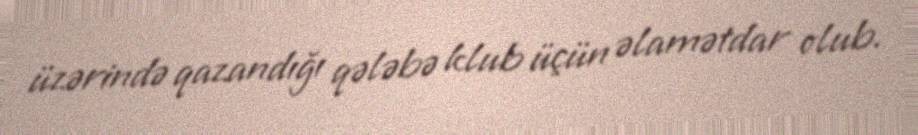
üzərində qazandığı qələbə klub üçün əlamətdar olub.